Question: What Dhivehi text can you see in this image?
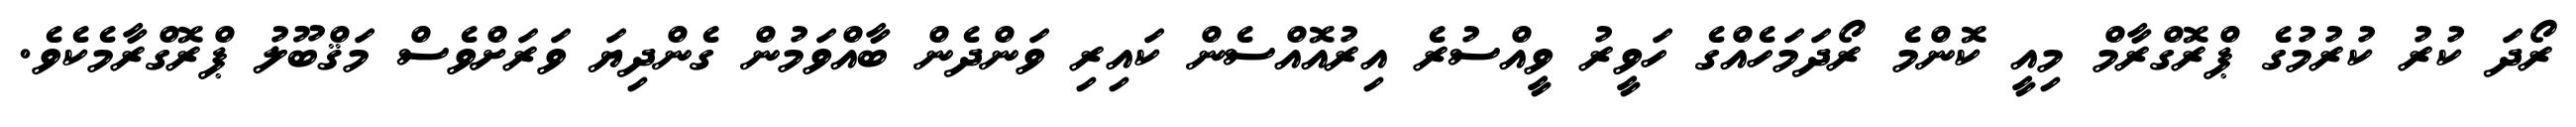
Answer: ރޯދަ ކުރު ކުރުމުގެ ޕްރޮގްރާމް މިއީ ކޮންމެ ރޯދަމަހެއްގެ ހަވީރު ވީއްސުރެ އިރުއޮއްސެން ކައިރި ވަންދެން ބާއްވަމުން ގެންދިޔަ ވަރަށްވެސް މަޤްބޫލު ޕްރޮގްރާމެކެވެ.